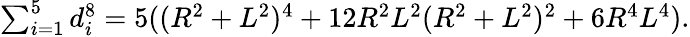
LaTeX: \textstyle\sum_{i=1}^{5}d_{i}^{8}=5((R^{2}+L^{2})^{4}+12R^{2}L^{2}(R^{2}+L^{2})^{2}+6R^{4}L^{4}).